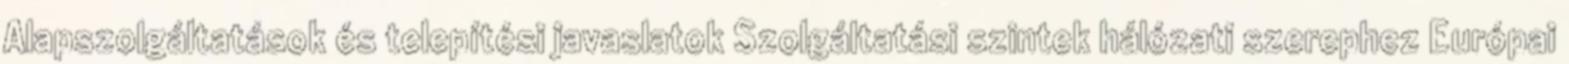
Alapszolgáltatások és telepítési javaslatok Szolgáltatási szintek hálózati szerephez Európai